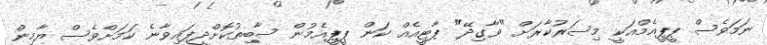
ނަމަވެސް ޕީޕީއެމްއަކީ މިސަރުކާރަށް "ވާގިދޭ" ޕާޓީއެއް ކަން ޕީޕީއެމުން ސާބިތުކޮށްދީފައިވާނެ ކަމަށްވެސް ޔާމިން